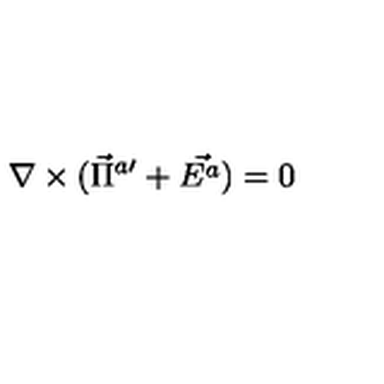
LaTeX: \nabla \times ( \vec { \Pi } ^ { a \prime } + \vec { E ^ { a } } ) = 0